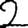
Digit: 2